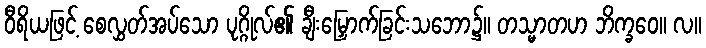
ဝီရိယဖြင့် စေလွှတ်အပ်သော ပုဂ္ဂိုလ်၏ ချီးမြှောက်ခြင်းသဘော၌။ တသ္မာတဟ ဘိက္ခဝေ။ လ။